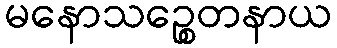
မနောသဉ္စေတနာယ